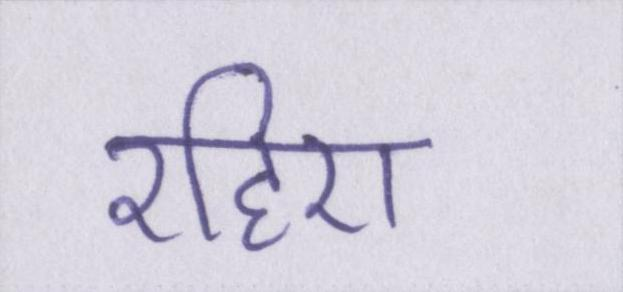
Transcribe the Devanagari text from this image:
रहिए